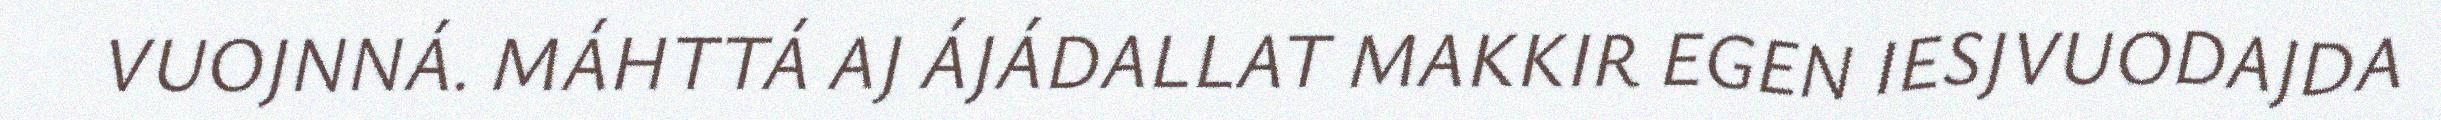
VUOJNNÁ. MÁHTTÁ AJ ÁJÁDALLAT MAKKIR EGEN IESJVUODAJDA